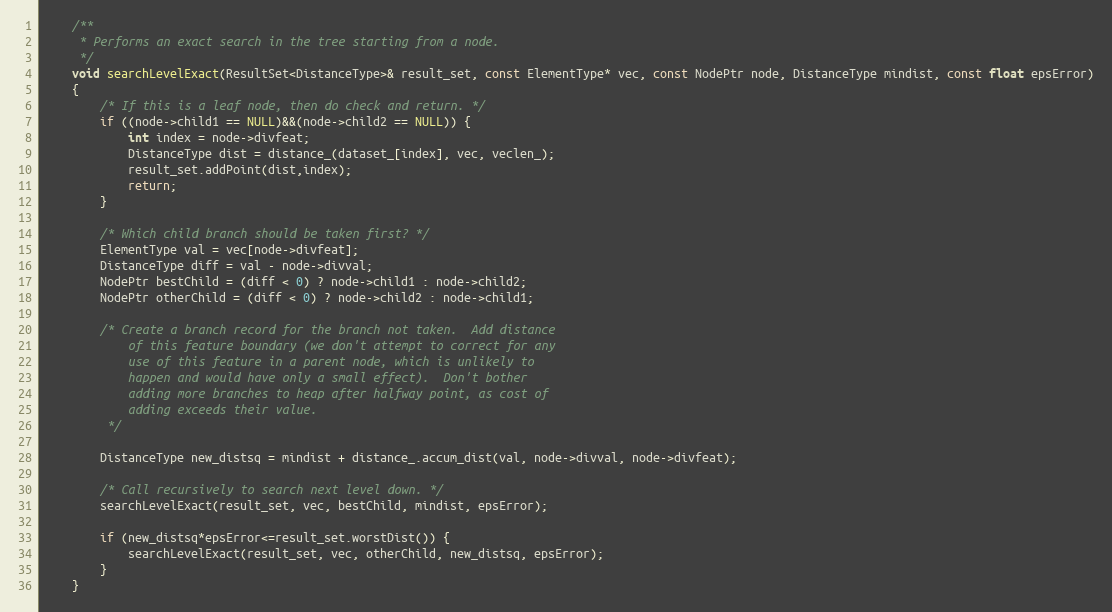
Language: C
    /**
     * Performs an exact search in the tree starting from a node.
     */
    void searchLevelExact(ResultSet<DistanceType>& result_set, const ElementType* vec, const NodePtr node, DistanceType mindist, const float epsError)
    {
        /* If this is a leaf node, then do check and return. */
        if ((node->child1 == NULL)&&(node->child2 == NULL)) {
            int index = node->divfeat;
            DistanceType dist = distance_(dataset_[index], vec, veclen_);
            result_set.addPoint(dist,index);
            return;
        }

        /* Which child branch should be taken first? */
        ElementType val = vec[node->divfeat];
        DistanceType diff = val - node->divval;
        NodePtr bestChild = (diff < 0) ? node->child1 : node->child2;
        NodePtr otherChild = (diff < 0) ? node->child2 : node->child1;

        /* Create a branch record for the branch not taken.  Add distance
            of this feature boundary (we don't attempt to correct for any
            use of this feature in a parent node, which is unlikely to
            happen and would have only a small effect).  Don't bother
            adding more branches to heap after halfway point, as cost of
            adding exceeds their value.
         */

        DistanceType new_distsq = mindist + distance_.accum_dist(val, node->divval, node->divfeat);

        /* Call recursively to search next level down. */
        searchLevelExact(result_set, vec, bestChild, mindist, epsError);

        if (new_distsq*epsError<=result_set.worstDist()) {
            searchLevelExact(result_set, vec, otherChild, new_distsq, epsError);
        }
    }